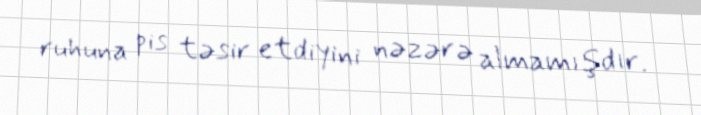
ruhuna pis təsir etdiyini nəzərə almamışdır.